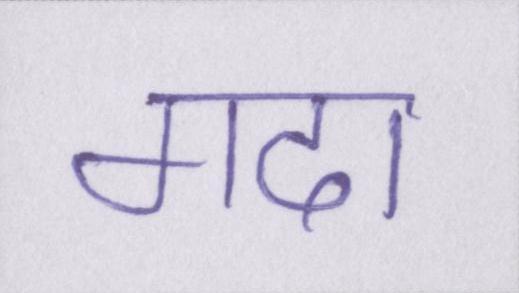
गदा